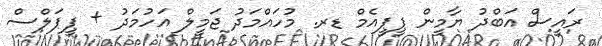
ރައީސް އަބްދު ޔާމީން ޕީޕީއެމް ޑރ. މުހައްމަދު ޖަމީލް އަހުމަދު + ޕީޕަލްސް